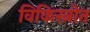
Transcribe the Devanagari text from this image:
विकिस्त्रोत